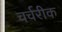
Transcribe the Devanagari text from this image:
चर्चरीक